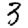
Digit: 3